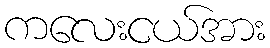
ကလေးငယ်အား